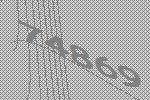
74869